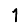
Digit: 1